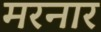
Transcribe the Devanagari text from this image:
मरनार